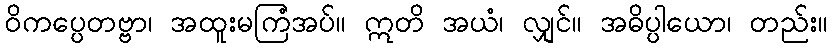
ဝိကပ္ပေတဗ္ဗာ၊ အထူးမကြံအပ်။ ဣတိ အယံ၊ လျှင်။ အဓိပ္ပါယော၊ တည်း။